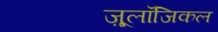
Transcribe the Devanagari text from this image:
ज़ू्लॉजिकल